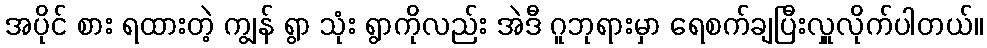
အပိုင် စား ရထားတဲ့ ကျွန် ရွာ သုံး ရွာကိုလည်း အဲဒီ ဂူဘုရားမှာ ရေစက်ချပြီးလှူလိုက်ပါတယ်။